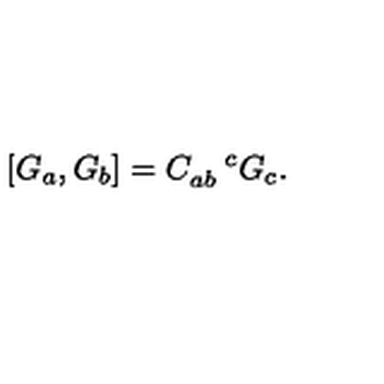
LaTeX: \left[ G _ { a } , G _ { b } \right] = C _ { a b } ^ { \quad c } G _ { c } .